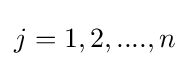
j=1,2,....,n